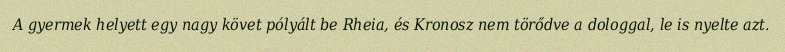
A gyermek helyett egy nagy követ pólyált be Rheia, és Kronosz nem törődve a dologgal, le is nyelte azt.